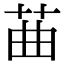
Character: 䒼